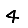
Digit: 4